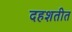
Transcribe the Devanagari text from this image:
दहशतीत